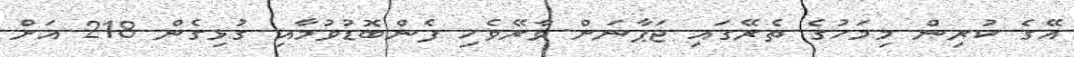
އޭގެ ކުރިން މިމަހުގެ ތެރޭގައި ޖަޕާނަށް ވާރޭވެހި ފެންބޮޑުވުމާއި ގުޅިގެން 218 އަށް